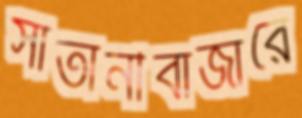
সাতানীবাজারে